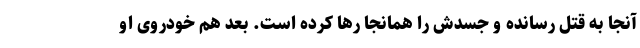
آنجا به قتل رسانده و جسدش را همانجا رها کرده است. بعد هم خودروی او